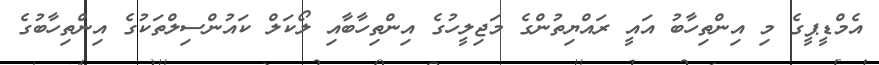
އެމްޑީޕީގެ މި އިންތިހާބު އައީ ރައްޔިތުންގެ މަޖިލީހުގެ އިންތިހާބާއި ލޯކަލް ކައުންސިލްތަކުގެ އިންތިހާބުގެ